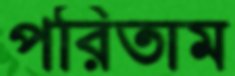
পরিতাম